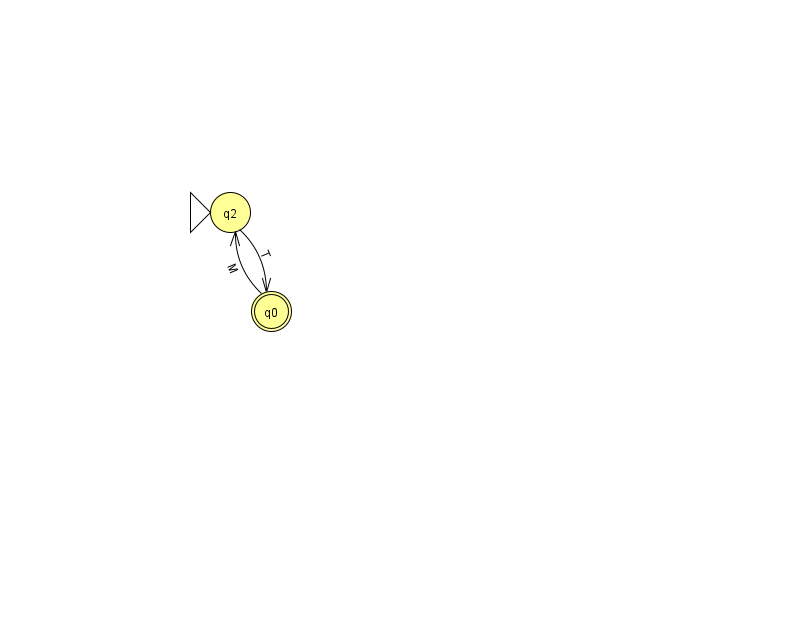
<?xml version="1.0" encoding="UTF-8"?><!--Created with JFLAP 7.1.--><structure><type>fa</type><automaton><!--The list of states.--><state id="0" name="q0"><x>271.0</x><y>298.0</y><final/></state><state id="2" name="q2"><x>230.0</x><y>199.0</y><initial/></state><state id="3" name="q3"><x>902.0</x><y>117.0</y></state><state id="4" name="q4"><x>815.0</x><y>50.0</y></state><!--The list of transitions.--><transition><from>0</from><to>2</to><read>M</read></transition><transition><from>3</from><to>4</to><read>B</read></transition><transition><from>2</from><to>0</to><read>T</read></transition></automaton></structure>